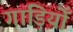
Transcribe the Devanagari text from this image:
गाड़ियोँ